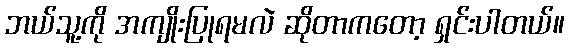
ဘယ်သူ့ကို အကျိုးပြုရမလဲ ဆိုတာကတော့ ရှင်းပါတယ်။